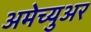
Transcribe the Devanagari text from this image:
अमेच्युअर